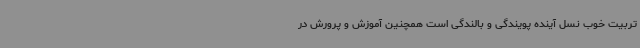
تربیت خوب نسل آینده پویندگی و بالندگی است همچنین آموزش و پرورش در